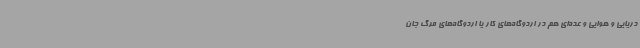
دریایی و هوایی و عده‌ای هم در اردوگاه‌های کار یا اردوگاه‌های مرگ جان